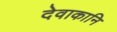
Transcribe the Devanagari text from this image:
देवाकानि